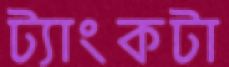
ট্যাংকটা